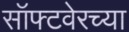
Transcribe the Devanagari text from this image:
सॉफ्टवेरच्या